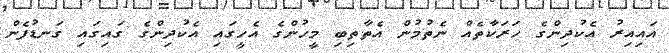
އައިއިރު އެކުދިންގެ ހަރަކާތެއް ނެތުމުން އެތާތިބި މީހުންގެ އެހީގައި އެކުދިންގެ ގައިގައި ގަނޑުފެން